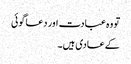
تو وہ عبادت اور دعا گوئی
کے عادی ہیں۔